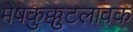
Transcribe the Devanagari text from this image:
मेषकुक्कुटलावक